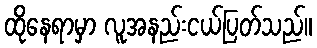
ထိုနေရာမှာ လူအနည်းငယ်ပြတ်သည်။